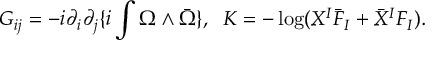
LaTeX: G _ { i j } = - i \partial _ { i } \partial _ { j } \{ i \int \Omega \wedge { \bar { \Omega } } \} , \; \; K = - \log ( X ^ { I } { \bar { F } } _ { I } + { \bar { X } } ^ { I } F _ { I } ) .